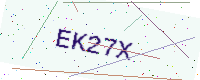
Text: EK27X